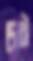
দেবী